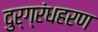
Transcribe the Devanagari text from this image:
दुर्ग्रंधहरण